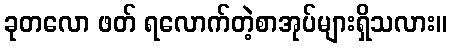
ခုတလော ဖတ် ရလောက်တဲ့စာအုပ်များရှိသလား။